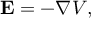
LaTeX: \mathbf { E } = - \nabla V ,